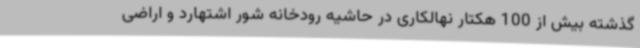
گذشته بیش از 100 هکتار نهالکاری در حاشیه رودخانه شور اشتهارد و اراضی